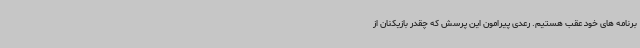
برنامه های خود عقب هستیم. رعدی پیرامون این پرسش که چقدر بازیکنان از